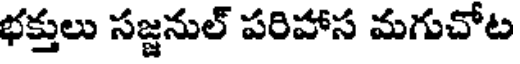
భక్తులు సజ్జనుల్ పరిహాస మగుచోట